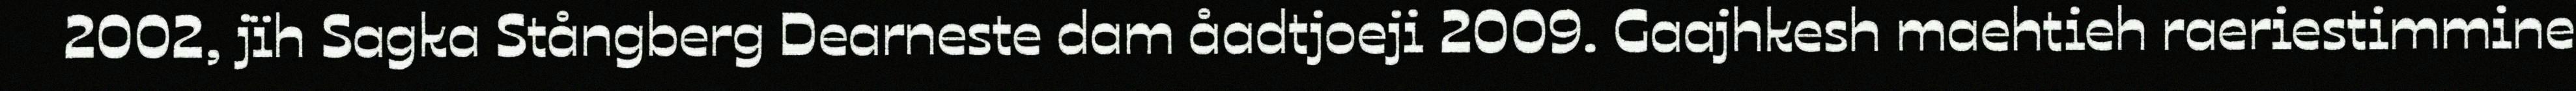
2002, jïh Sagka Stångberg Dearneste dam åadtjoeji 2009. Gaajhkesh maehtieh raeriestimmine